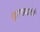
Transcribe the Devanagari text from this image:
गुराख्यांचे